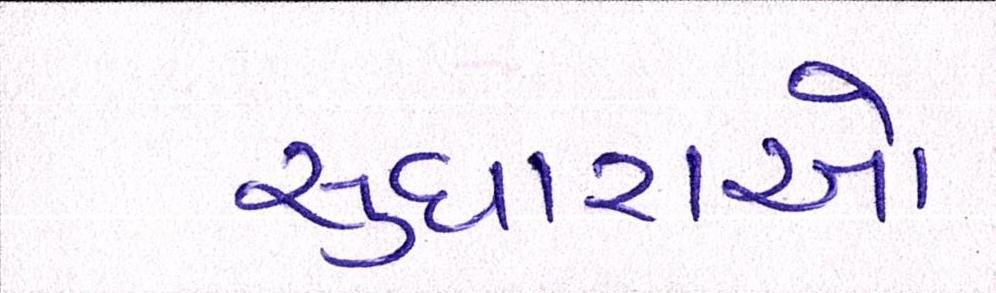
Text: સુધારાઓ